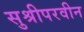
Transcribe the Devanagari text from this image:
सुश्रीपरवीन